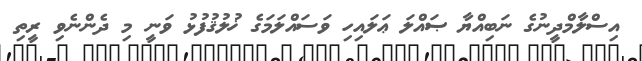
އިސްލާމްދީނުގެ ނަބިއްޔާ ޞައްލަ ޢަލައިހި ވަސައްލަމަގެ ޚުލުޤުފުޅު ވަނީ މި ދެންނެވި ރީތި